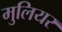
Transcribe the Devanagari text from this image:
मुलियर